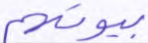
بيوتهم